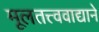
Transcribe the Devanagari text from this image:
मूलतत्त्ववाद्याने